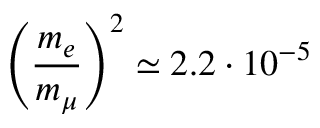
\left( \frac { m _ { e } } { m _ { \mu } } \right) ^ { 2 } \simeq 2 . 2 \cdot 1 0 ^ { - 5 }